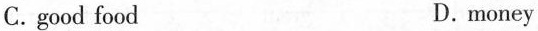
C.good food D.money